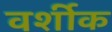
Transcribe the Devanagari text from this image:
वर्शीक